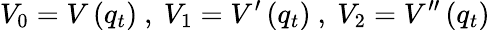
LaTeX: V_{0}=V\left(q_{t}\right)\mathrm{~,~}V_{1}=V^{\prime}\left(q_{t}\right)\mathrm{~,~}V_{2}=V^{\prime\prime}\left(q_{t}\right)